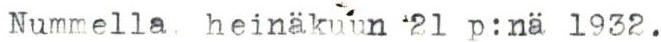
Nummella. heinäkuun 21 p:nä 1932.